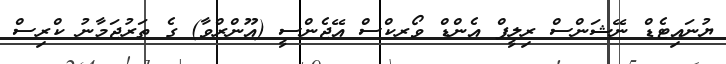
ޔުނައިޓެޑް ނޭޝަންސް ރިލީފް އެންޑް ވޯރކްސް އޭޖެންސީ (އޫންރްވާ) ގެ ތަރުޖަމާނު ކްރިސް